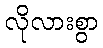
လိုလားစွာ